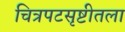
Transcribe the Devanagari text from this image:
चित्रपटसृष्टीतला